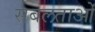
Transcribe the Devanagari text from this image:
सबलताओं